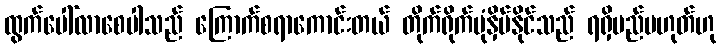
ထွက်ပေါ်လာစေပါသည် ကြောက်စရာကောင်းတယ် တိုက်ရိုက်ပုံနှိပ်နိုင်သည် ရရှိမည်မဟုတ်ဟု